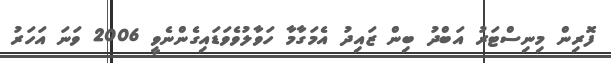
ފޮރިން މިނިސްޓަރު އަބްދު ބިން ޒައިދު އެމަގާމާ ހަވާލުވެވަޑައިގެންނެވީ 2006 ވަނަ އަހަރު